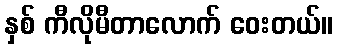
နှစ် ကီလိုမီတာလောက် ဝေးတယ်။